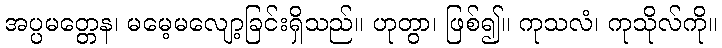
အပ္ပမတ္တေန၊ မမေ့မလျော့ခြင်းရှိသည်။ ဟုတွာ၊ ဖြစ်၍။ ကုသလံ၊ ကုသိုလ်ကို။